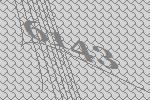
6143